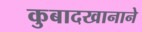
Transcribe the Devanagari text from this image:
कुबादखानाने